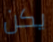
يكن